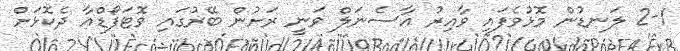
2-1 ލަނޑުން މޮޅުވެފައި ވާއިރު އާސެނަލް ވަނީ ރަށުން ބޭރުގައި ވޮޓަފޯޑްއާ ދެކޮޅަށް